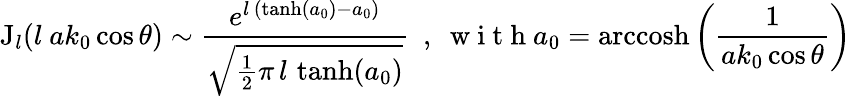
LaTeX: \mathrm{J}_{l}(l~ak_{0}\cos\theta)\sim\frac{e^{l\, (\operatorname{tanh}(a_{0})-a_{0})}}{\sqrt{\frac{1}{2}\pi\, l\, \operatorname{tanh}(a_{0})}}\ \ ,\ \mathrm{~w~i~t~h~}a_{0}=\mathrm{arccosh}\left(\frac{1}{ak_{0}\cos\theta}\right)